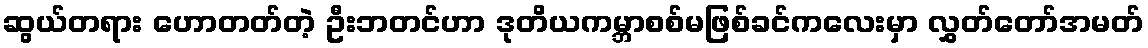
ဆွယ်တရား ဟောတတ်တဲ့ ဦးဘတင်ဟာ ဒုတိယကမ္ဘာစစ်မဖြစ်ခင်ကလေးမှာ လွှတ်တော်အမတ်